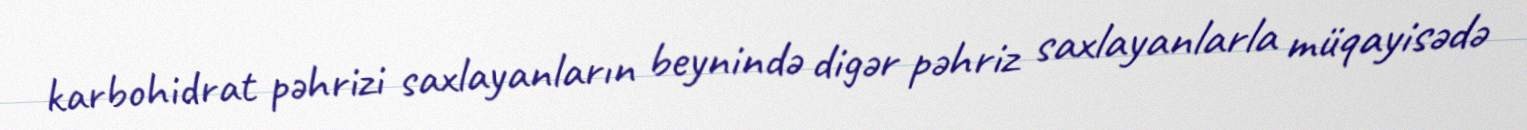
karbohidrat pəhrizi saxlayanların beynində digər pəhriz saxlayanlarla müqayisədə